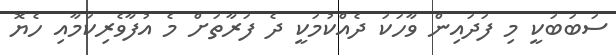
ސަބަބަކީ މި ފަދައިން ވާހަކަ ދެއްކުމަކީ ދެ ފަރާތަށް މެ އުފާވެރިކަމާއި ހެޔޮ